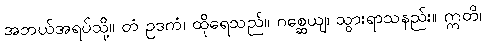
အဘယ်အရပ်သို့။ တံ ဥဒကံ၊ ထိုရေသည်။ ဂစ္ဆေယျ၊ သွားရာသနည်း။ ဣတိ၊